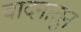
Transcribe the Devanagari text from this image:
वादनातून